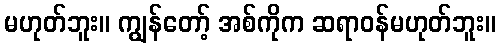
မဟုတ်ဘူး။ ကျွန်တော့် အစ်ကိုက ဆရာဝန်မဟုတ်ဘူး။